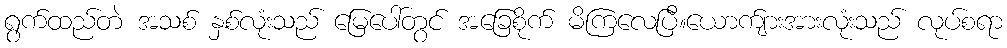
ရွက်ထည်တဲ အသစ် နှစ်လုံးသည် မြေပေါ်တွင် အခြေစိုက် မိကြလေပြီ။ယောက်ျားအားလုံးသည် လုပ်စရာ